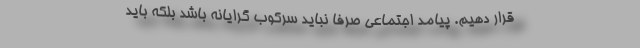
قرار دهیم. پیامد اجتماعی صرفاً نباید سرکوب گرایانه باشد بلکه باید